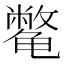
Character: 𱍈